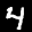
Label: 4